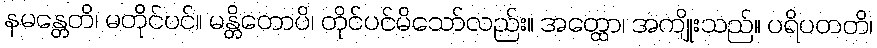
နမန္တေတိ၊ မတိုင်ပင်။ မန္တိတောပိ၊ တိုင်ပင်မိသော်လည်း။ အတ္ထော၊ အကျိုးသည်။ ပရိပတတိ၊